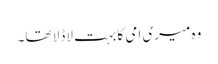
وہ میری امی کا بہت لاڈلا تھا۔